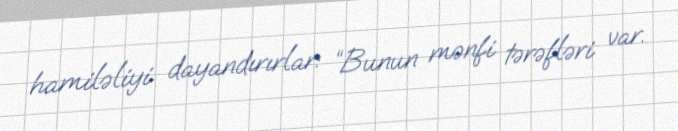
hamiləliyi dayandırırlar: “Bunun mənfi tərəfləri var.